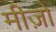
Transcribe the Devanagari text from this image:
मीज़ो